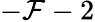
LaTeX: -\mathcal{F}-2